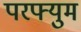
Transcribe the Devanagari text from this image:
परफ्युम